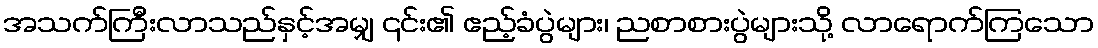
အသက်ကြီးလာသည်နှင့်အမျှ ၎င်း၏ ဧည့်ခံပွဲများ၊ ညစာစားပွဲများသို့ လာရောက်ကြသော